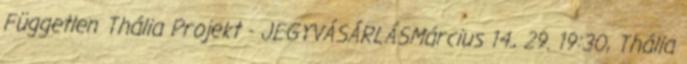
Független Thália Projekt - JEGYVÁSÁRLÁSMárcius 14., 29. 19:30, Thália